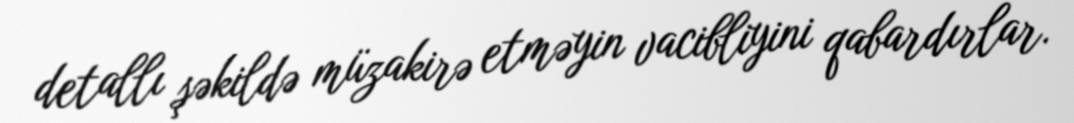
detallı şəkildə müzakirə etməyin vacibliyini qabardırlar.